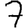
Digit: 7